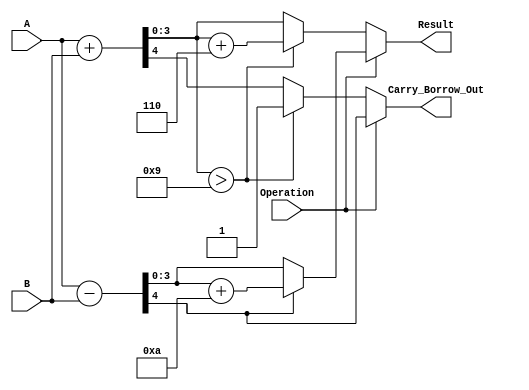
module BCD_Add_Subtracter (
    input  wire [3:0] A,          // First BCD operand
    input  wire [3:0] B,          // Second BCD operand
    input  wire Operation,         // 0 for addition, 1 for subtraction
    output reg  [3:0] Result,      // Resulting BCD value
    output reg  Carry_Borrow_Out    // Carry out for addition or borrow out for subtraction
);

    wire [4:0] sum;               // 5-bit sum for addition
    wire [4:0] difference;         // 5-bit difference for subtraction
    wire adjust_add;               // Adjustment flag for addition
    wire adjust_sub;               // Adjustment flag for subtraction

    // Compute the sum and difference
    assign sum = A + B;           // Sum of A and B
    assign difference = A - B;    // Difference of A and B

    // Determine if adjustment is needed for addition
    assign adjust_add = sum[3:0] > 4'b1001; // Check if sum exceeds 9

    // Determine if adjustment is needed for subtraction
    assign adjust_sub = difference[4]; // Check if the result is negative

    always @(*) begin
        if (Operation == 1'b0) begin // Addition
            Result = sum[3:0];      // Start with the raw sum
            Carry_Borrow_Out = sum[4]; // Carry out if there's overflow

            // Adjust if necessary
            if (adjust_add) begin
                Result = Result + 4'b0110; // Add 6 to correct BCD
                Carry_Borrow_Out = 1'b1;   // Set carry out
            end else begin
                Carry_Borrow_Out = sum[4]; // Carry out remains as is
            end
        end else begin // Subtraction
            Result = difference[3:0]; // Start with the raw difference
            Carry_Borrow_Out = adjust_sub; // Borrow out if negative

            // Adjust if necessary
            if (adjust_sub) begin
                Result = Result + 4'b1010; // Add 10 to correct BCD
            end
        end
    end
endmodule